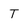
Character: T